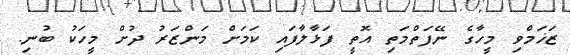
ޒަޚަމްވި މީހާގެ ނޭފަތްމަތި އޮތީ ފަޅާލާފައި ކަމަށް މަންޒަރު ދުށް މީހަކު ބުނި.